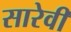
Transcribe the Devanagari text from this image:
सारेवी